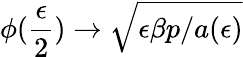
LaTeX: \phi(\frac{\epsilon}{2})\to\sqrt{\epsilon\beta p/a(\epsilon)}